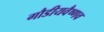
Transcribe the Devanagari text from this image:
गौडीयवैष्णव